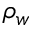
\rho _ { w }